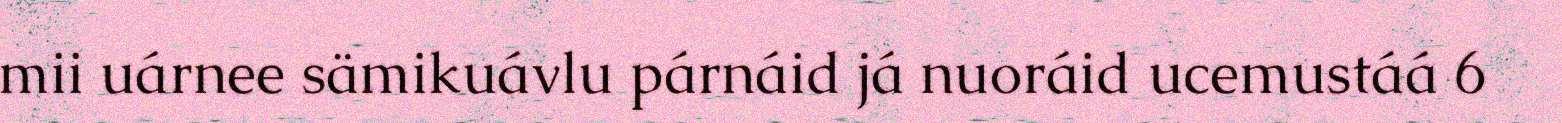
mii uárnee sämikuávlu párnáid já nuoráid ucemustáá 6